Annual administration report of the Civil Veterinary Department, Sind - 1940-1941
Year: 1940
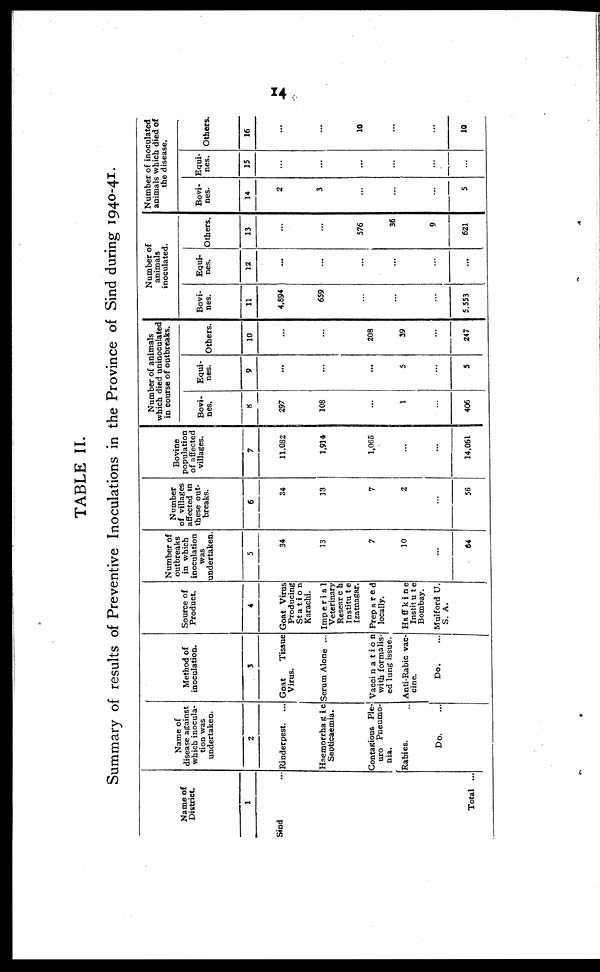
14
TABLE II.
Summary of results of Preventive Inoculations in the Province of Sind during 1940-41.
Name of
District.
1
Sind ...
Total ...
Name of
disease against
which inocula-
tion was
undertaken.
2
Rinderpest.
Haemorrhagic
Septicaemia.
Contagious Ple¬
uro Pneumo-
nia.
Rabies. ..
Do. ...
Method of
inoculation.
3
Goat
Tissue
Virus.
Serum Alone ...
Vaccination
with formalis-
ed lung issue.
Anti-Rabic vac-
cine.
Do. ...
Source of
Product.
4
Goat Virus
Producing
Station
Karachi.
Imperial
Veterinary
Research
Institute
Izatnagar.
Prepared
locally.
Haffkine
Institute
Bombay.
Mulford U.
S. A.
Number of
outbreaks
in which
inoculation
was
undertaken.
5
34
13
7
10
...
64
Number
of villages
affected in
these out-
breaks.
6
34
13
7
2
...
56
Bovine
population
of affected
villages.
7
11,082
1,914
1,065
...
...
14,061
Number of animals
which died uninoculated
in course of outbreaks.
Bovi¬
nes.
8
297
108
...
1
...
406
Equi¬
nes.
9
...
...
...
5
...
5
Others.
10
...
...
208
39
...
247
Number of
animals
inoculated.
Bovi¬
nes.
11
4,894
659
...
...
...
5,553
Equi¬
nes.
12
...
...
...
...
...
...
Others.
13
...
...
576
36
9
621
Number of inoculated
animals which died of
the disease.
Bovi¬
nes.
14
2
3
...
...
...
5
Equi¬
nes.
15
...
...
...
...
...
...
Others.
16
...
...
10
...
...
10